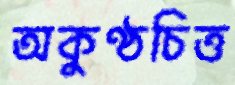
অকুণ্ঠচিত্ত